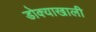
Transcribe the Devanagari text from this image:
डोक्याखाली